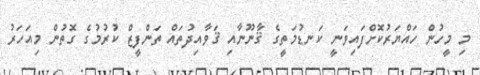
މި މީހުން ހައްޔަރުކޮށްފައިވަނީ ކަނޑުމަތީގެ ޤާނޫނާއި ޤަވާއިދުތައް ތަންފީޒް ކުރުމުގެ ގޮތުން މިއަހަރު